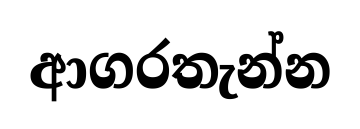
ආගරතැන්න